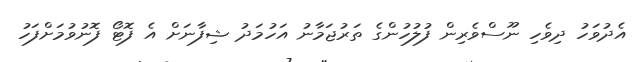
އެދުވަހު ދިވެހި ނޫސްވެރިން ފުލުހުންގެ ތަރުޖަމާނު އަހުމަދު ޝިފާނަށް އެ ފޮޓޯ ފޮނުވުމަށްފަހު